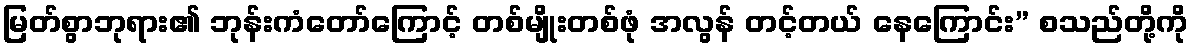
မြတ်စွာဘုရား၏ ဘုန်းကံတော်ကြောင့် တစ်မျိုးတစ်ဖုံ အလွန် တင့်တယ် နေကြောင်း” စသည်တို့ကို